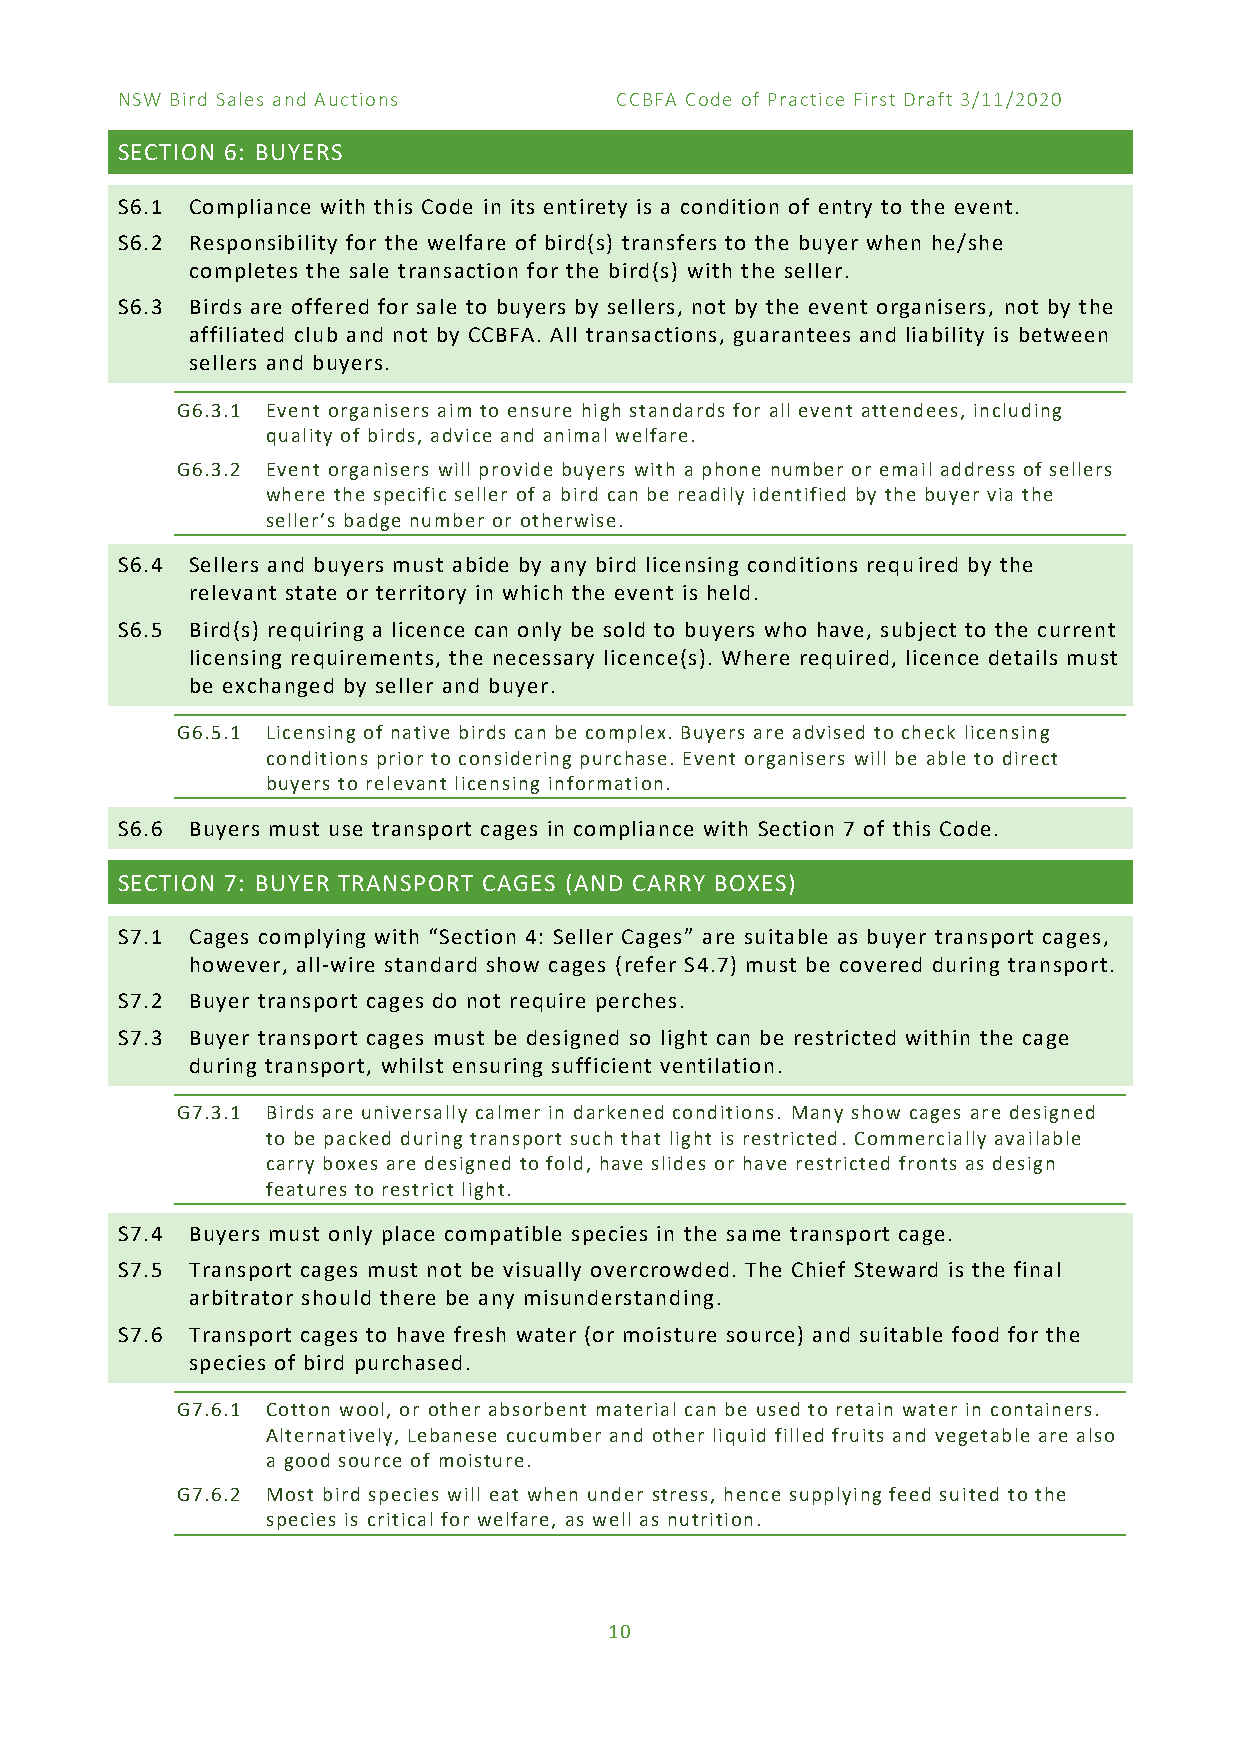
NSW Bird Sales and Auctions      CCBFA Code of Practice First Draft 3/11/2020
 SECTION 6: BUYERS
 S6.1 Compliance with this Code in its entirety is a condition of entry to the event.
 S6.2 Responsibility for the welfare of bird(s) transfers to the buyer when he/she
 completes the sale transaction for the bird(s) with the seller.
 S6.3 Birds are offered for sale to buyers by sellers, not by the event organisers, not by the
 affiliated club and not by CCBFA. All transactions, guarantees and liability is between
 sellers and buyers.
 G6.3.1 Event organisers aim to ensure high standards for all event attendees, including
 quality of birds, advice and animal welfare.
 G6.3.2 Event organisers will provide buyers with a phone number or email address of sellers
 where the specific seller of a bird can be readily identified by the buyer via the
 seller’s badge number or otherwise.
 S6.4 Sellers and buyers must abide by any bird licensing conditions required by the
 relevant state or territory in which the event is held.
 S6.5 Bird(s) requiring a licence can only be sold to buyers who have, subject to the current
 licensing requirements, the necessary licence(s). Where required, licence details must
 be exchanged by seller and buyer.
 G6.5.1 Licensing of native birds can be complex. Buyers are advised to check licensing
 conditions prior to considering purchase. Event organisers will be able to direct
 buyers to relevant licensing information.
 S6.6 Buyers must use transport cages in compliance with Section 7 of this Code.
 SECTION 7: BUYER TRANSPORT CAGES (AND CARRY BOXES)
 S7.1 Cages complying with “Section 4: Seller Cages” are suitable as buyer transport cages,
 however, all-wire standard show cages (refer S4.7) must be covered during transport.
 S7.2 Buyer transport cages do not require perches.
 S7.3 Buyer transport cages must be designed so light can be restricted within the cage
 during transport, whilst ensuring sufficient ventilation.
 G7.3.1 Birds are universally calmer in darkened conditions. Many show cages are designed
 to be packed during transport such that light is restricted. Commercially available
 carry boxes are designed to fold, have slides or have restricted fronts as design
 features to restrict light.
 S7.4 Buyers must only place compatible species in the same transport cage.
 S7.5 Transport cages must not be visually overcrowded. The Chief Steward is the final
 arbitrator should there be any misunderstanding.
 S7.6 Transport cages to have fresh water (or moisture source) and suitable food for the
 species of bird purchased.
 G7.6.1 Cotton wool, or other absorbent material can be used to retain water in containers.
 Alternatively, Lebanese cucumber and other liquid filled fruits and vegetable are also
 a good source of moisture.
 G7.6.2 Most bird species will eat when under stress, hence supplying feed suited to the
 species is critical for welfare, as well as nutrition.
 10